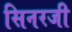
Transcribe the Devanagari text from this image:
सिनरजी